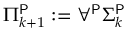
\Pi _ { k + 1 } ^ { \mathsf { P } } : = \forall ^ { \mathsf { P } } \Sigma _ { k } ^ { \mathsf { P } }